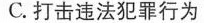
C.打击违法犯罪行为